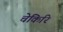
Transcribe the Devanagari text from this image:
चेकिरि